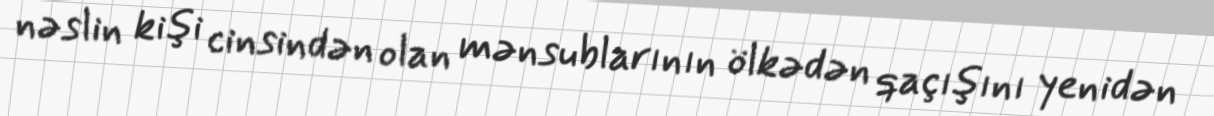
nəslin kişi cinsindən olan mənsublarının ölkədən qaçışını yenidən